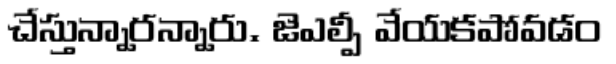
చేస్తున్నారన్నారు. జెఎల్పీ వేయకపోవడం